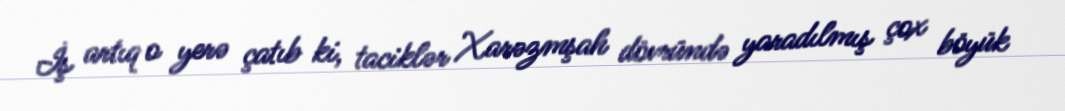
İş artıq o yerə çatıb ki, taciklər Xarəzmşah dövründə yaradılmış çox böyük